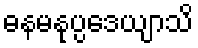
ဓနမနုပ္ပဒေယျာသိ